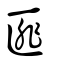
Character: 匪